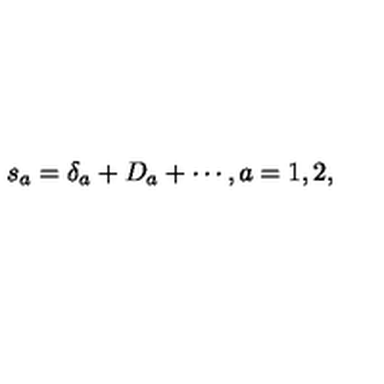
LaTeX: s _ { a } = \delta _ { a } + D _ { a } + \cdots , a = 1 , 2 ,